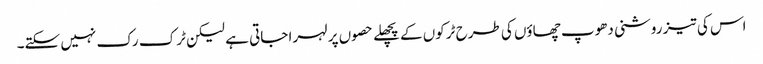
اس کی تیز روشنی دھوپ چھاؤں کی طرح ٹرکوں کے پچھلے حصوں پر لہرا جاتی ہے لیکن ٹرک رک نہیں سکتے۔